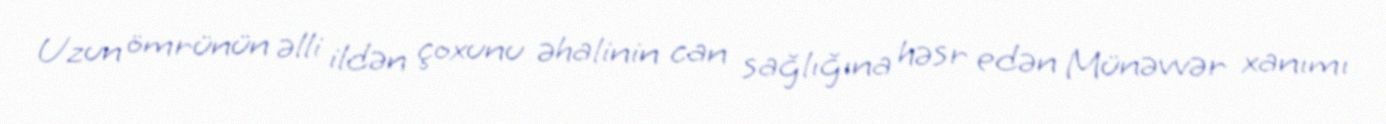
Uzun ömrünün əlli ildən çoxunu əhalinin can sağlığına həsr edən Münəvvər xanımı